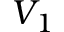
V _ { 1 }